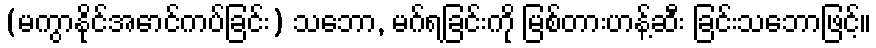
(မကွာနိုင်အောင်ကပ်ခြင်း) သဘော, မဂ်ရခြင်းကို မြစ်တားဟန့်ဆီး ခြင်းသဘောဖြင့်။